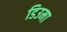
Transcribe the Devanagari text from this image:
डिउमा